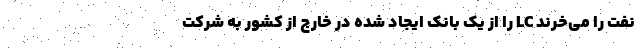
نفت را می‌خرند LC را از یک بانک ایجاد شده در خارج از کشور به شرکت